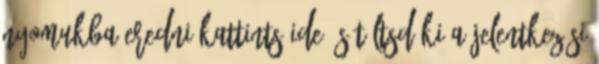
nyomukba eredni Kattints ide és töltsd ki a jelentkezési